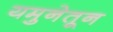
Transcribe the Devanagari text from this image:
यमुनेतून